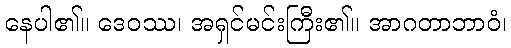
နေပါ၏။ ဒေဝဿ၊ အရှင်မင်းကြီး၏။ အာဂတာဘာဝံ၊